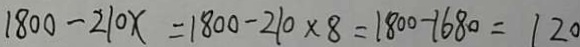
1 8 0 0 - 2 1 0 x = 1 8 0 0 - 2 1 0 \times 8 = 1 8 0 0 - 1 6 8 0 = 1 2 0